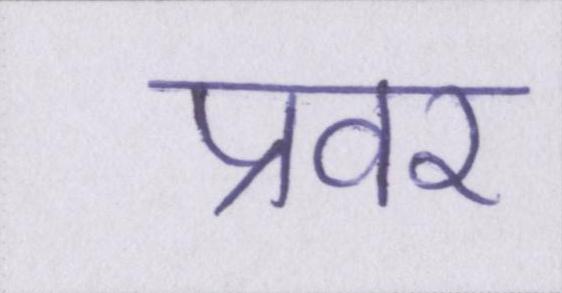
प्रवर